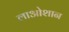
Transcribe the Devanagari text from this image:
लाओशान